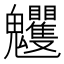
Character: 𩵈